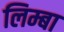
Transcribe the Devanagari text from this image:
लिम्बा